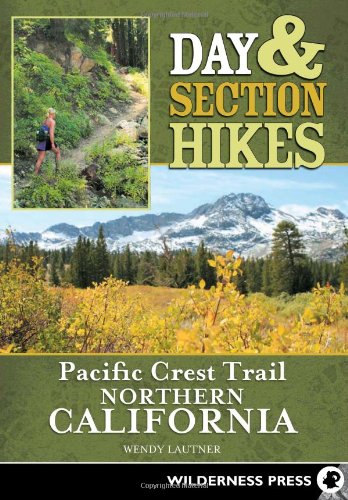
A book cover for Day & Section Hikes Pacific Crest Trail: Northern California; Wendy Lautner; Health, Fitness & Dieting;